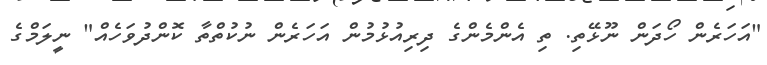
"އަހަރެން ހޯދަން ނޫޅޭތި. ތި އެންމެންގެ ދިރިއުޅުމުން އަހަރެން ނުކުތްތާ ކޮންދުވަހެއް" ނީލަމްގެ